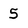
Character: 5